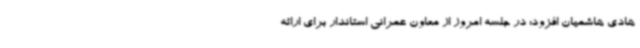
هادی هاشمیان افزود: در جلسه امروز از معاون عمرانی استاندار برای ارائه